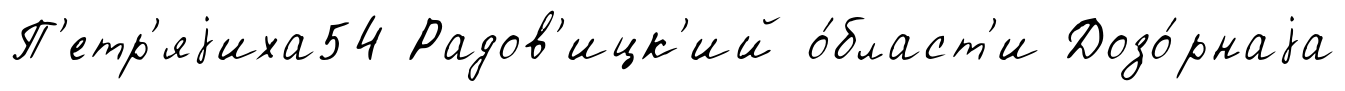
П'етр'яjиха54 Радов'ицк'ий о́бласт'и Дозо́рнаjа